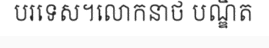
បរទេស។លោកនាថ បណ្ឌិត